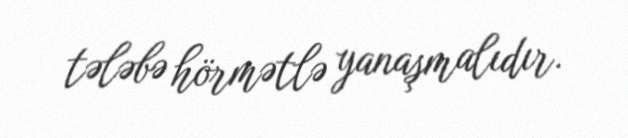
tələbə hörmətlə yanaşmalıdır.